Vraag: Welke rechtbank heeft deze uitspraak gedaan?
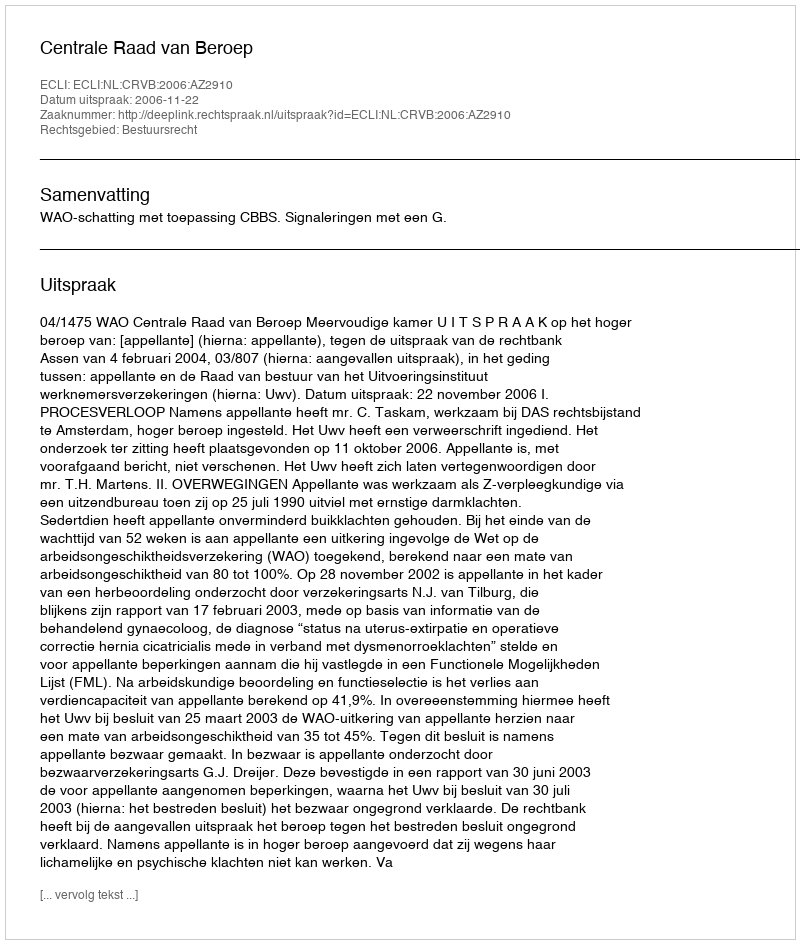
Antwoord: Centrale Raad van Beroep